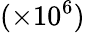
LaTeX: (\times 10^{6})